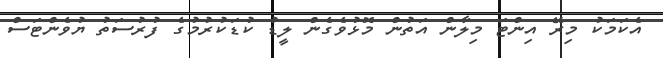
އެކަމަކު މިރޭ އިންޓަ މިލާން އަތުން މޮޅުވެގެން ލީޑު ކުޑަކުރުމުގެ ފުރުސަތު ޔުވެންޓަސް